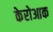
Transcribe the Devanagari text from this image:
केरोआक